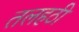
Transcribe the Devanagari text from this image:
तलहठी